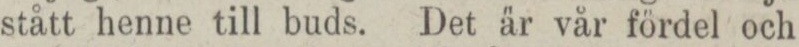
stått henne till buds. Det är vår fördel och